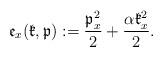
LaTeX: \begin{align*}\frak e_x ({\frak k}, {\frak p}):= \frac{\frak p_x^2}{2}+ \frac{ \alpha\frak k_x^2}2 .\end{align*}